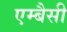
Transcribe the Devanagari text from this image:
एम्बैसी